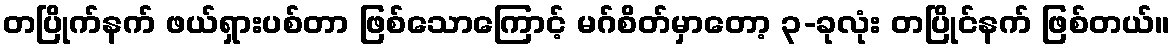
တပြိုက်နက် ဖယ်ရှားပစ်တာ ဖြစ်သောကြောင့် မဂ်စိတ်မှာတော့ ၃-ခုလုံး တပြိုင်နက် ဖြစ်တယ်။